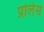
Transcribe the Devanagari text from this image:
प्रोलेस